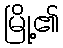
မြို့၏